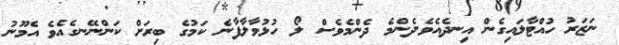
ނަޒަރު ހުއްޓާލައިގެން އިނދެއެވެ.ދެންމެ ދެންމެވެސް ލޯ ހުޅުވާލާފާނެ ކަމުގެ ބިރަށް ކަންނޭނގެއެވެ އެމޫނު